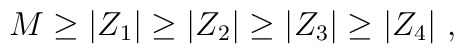
M\geq |Z_1|\geq |Z_2|\geq |Z_3|\geq |Z_4|~,